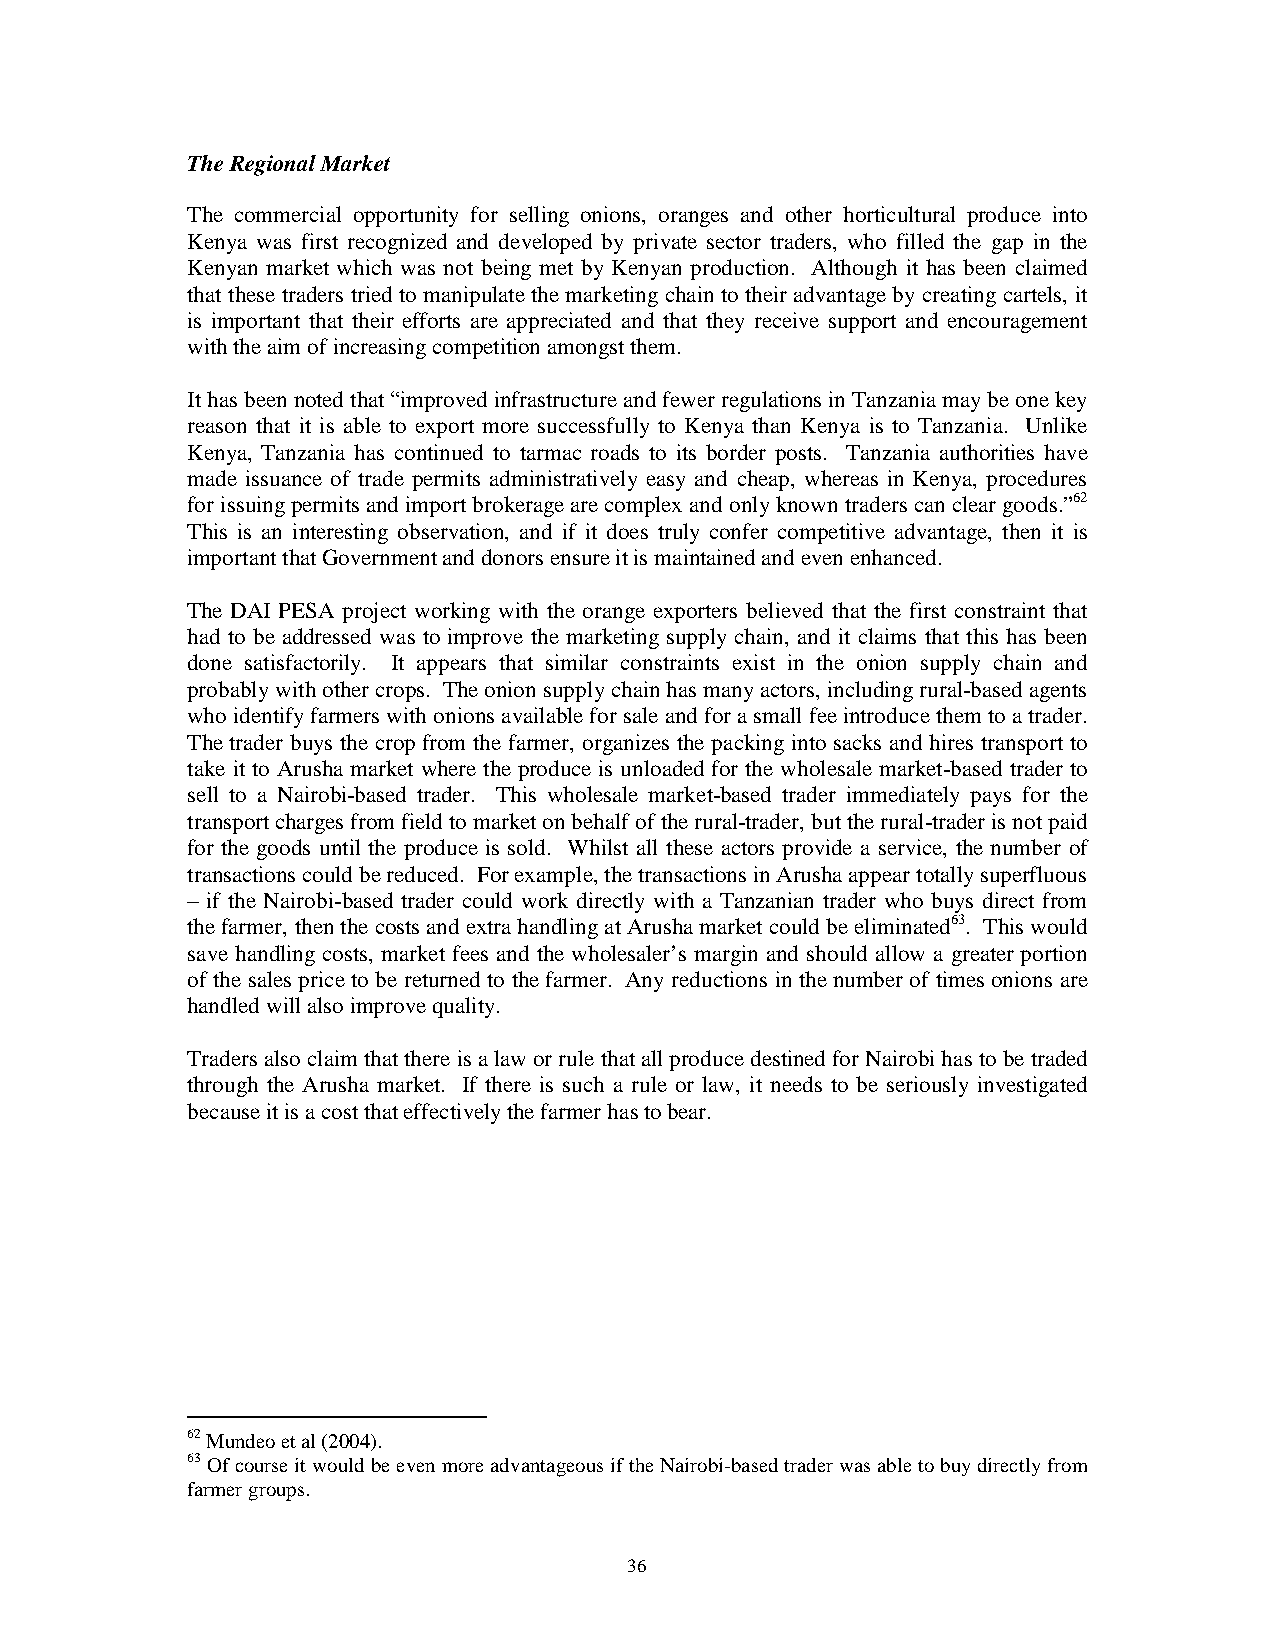
The Regional Market
 The commercial opportunity for selling onions, oranges and other horticultural produce into
 Kenya was first recognized and developed by private sector traders, who filled the gap in the
 Kenyan market which was not being met by Kenyan production. Although it has been claimed
 that these traders tried to manipulate the marketing chain to their advantage by creating cartels, it
 is important that their efforts are appreciated and that they receive support and encouragement
 with the aim of increasing competition amongst them.
 It has been noted that “improved infrastructure and fewer regulations in Tanzania may be one key
 reason that it is able to export more successfully to Kenya than Kenya is to Tanzania. Unlike
 Kenya, Tanzania has continued to tarmac roads to its border posts. Tanzania authorities have
 made issuance of trade permits administratively easy and cheap, whereas in Kenya, procedures
 for issuing permits and import brokerage are complex and only known traders can clear goods.”62
 This is an interesting observation, and if it does truly confer competitive advantage, then it is
 important that Government and donors ensure it is maintained and even enhanced.
 The DAI PESA project working with the orange exporters believed that the first constraint that
 had to be addressed was to improve the marketing supply chain, and it claims that this has been
 done satisfactorily. It appears that similar constraints exist in the onion supply chain and
 probably with other crops. The onion supply chain has many actors, including rural-based agents
 who identify farmers with onions available for sale and for a small fee introduce them to a trader.
 The trader buys the crop from the farmer, organizes the packing into sacks and hires transport to
 take it to Arusha market where the produce is unloaded for the wholesale market-based trader to
 sell to a Nairobi-based trader. This wholesale market-based trader immediately pays for the
 transport charges from field to market on behalf of the rural-trader, but the rural-trader is not paid
 for the goods until the produce is sold. Whilst all these actors provide a service, the number of
 transactions could be reduced. For example, the transactions in Arusha appear totally superfluous
 – if the Nairobi-based trader could work directly with a Tanzanian trader who buys direct from
 the farmer, then the costs and extra handling at Arusha market could be eliminated63. This would
 save handling costs, market fees and the wholesaler’s margin and should allow a greater portion
 of the sales price to be returned to the farmer. Any reductions in the number of times onions are
 handled will also improve quality.
 Traders also claim that there is a law or rule that all produce destined for Nairobi has to be traded
 through the Arusha market. If there is such a rule or law, it needs to be seriously investigated
 because it is a cost that effectively the farmer has to bear.
 62 Mundeo et al (2004).
 63 Of course it would be even more advantageous if the Nairobi-based trader was able to buy directly from
 farmer groups.
 36